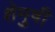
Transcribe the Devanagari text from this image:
शेमुषी